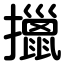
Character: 擸